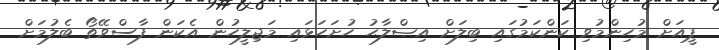
ޕީއަށް މުހިންމުވި ކަންކަމުގައި ބިލަށް އިޞްލާޙު ހުށަހަޅައި މަޖިލީހުން އެކަން ފާސްވޭތޯ ބެލުމަށް